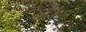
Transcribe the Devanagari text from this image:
लोअरी